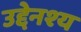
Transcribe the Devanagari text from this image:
उद्देनश्‍य